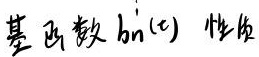
基函数 $b_n^i(t)$ 性质